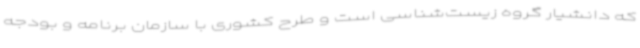
که دانشیار گروه زیست‌شناسی است و طرح کشوری با سازمان برنامه و بودجه